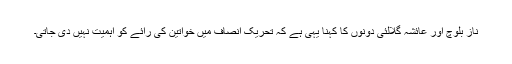
ناز بلوچ اور عائشہ گلالئی دونوں کا کہنا یہی ہے کہ تحریک انصاف میں خواتین کی رائے کو اہمیت نہیں دی جاتی۔